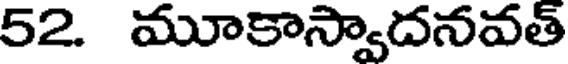
52. మూకాస్వాదనవత్